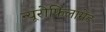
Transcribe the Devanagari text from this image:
न्यूरोफिलामेंट